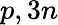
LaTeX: p,3n